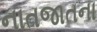
નાતજાતના